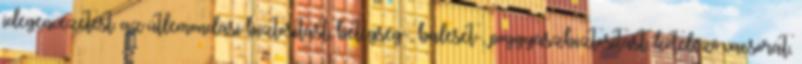
idegenvezetést. az útlemondási biztosítást, betegség-, baleset-, poggyászbiztosítást, kötelező vacsorát,